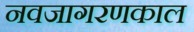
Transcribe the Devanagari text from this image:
नवजागरणकाल